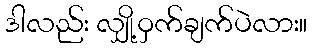
ဒါလည်း လျှို့ဝှက်ချက်ပဲလား။